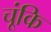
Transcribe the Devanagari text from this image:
चूंकि